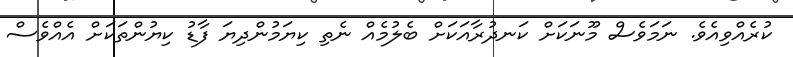
ކުރެއްވިއެވެ. ނަމަވެސް މޫނަކަށް ކަނދުރާއަކަށް ބެލުމެއް ނެތި ކިޔަމުންދިޔަ ފާޑު ކިޔުންތަކަށް އެއްވެސް